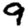
Digit: 9